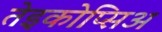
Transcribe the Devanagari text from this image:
तेइकोप्सिअ